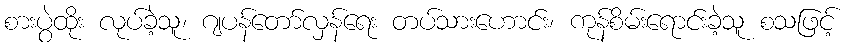
စားပွဲထိုး လုပ်ခဲ့သူ၊ ဂျပန်တော်လှန်ရေး တပ်သားဟောင်း၊ ကုန်စိမ်းရောင်းခဲ့သူ စသဖြင့်